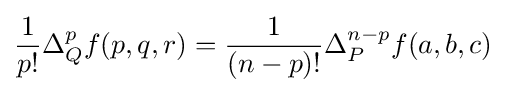
{\frac {1}{p!}}\Delta _{Q}^{p}f(p,q,r)={\frac {1}{(n-p)!}}\Delta _{P}^{n-p}f(a,b,c)